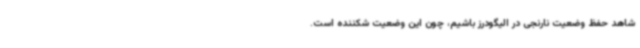
شاهد حفظ وضعیت نارنجی در الیگودرز باشیم، چون این وضعیت شکننده است.